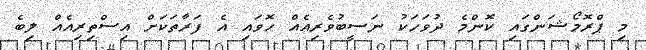
މި ޕްރޮމޯޝަންގައި ކޮންމެ ދުވަހަކު ނަސީބުވެރިއެއް ހޮވައި އެ ފަރާތަކަށް އިސްތިރިއެއް ލިބެ